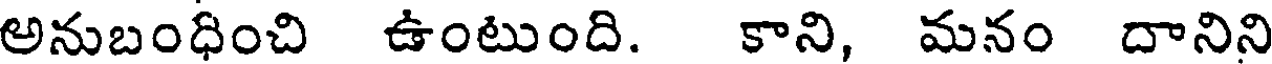
అనుబంధించి ఉంటుంది. కాని, మనం దానిని